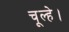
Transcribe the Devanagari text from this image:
चूल्हे।